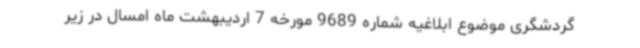
گردشگری موضوع ابلاغیه شماره 9689 مورخه 7 اردیبهشت ماه امسال در زیر